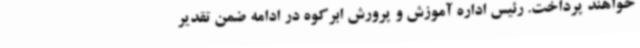
خواهند پرداخت. رئیس اداره آموزش‌ و پرورش ابرکوه در ادامه ضمن تقدیر